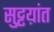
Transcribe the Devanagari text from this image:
सुट्टय़ांत